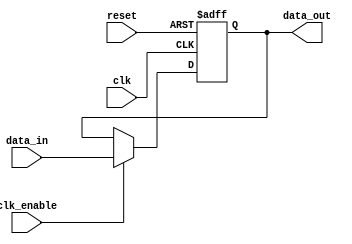
module parameterized_register #(
    parameter WIDTH = 8,           // Register bit-width
    parameter INIT_VALUE = 0       // Initial value on reset
) (
    input wire clk,                // Clock input
    input wire reset,              // Asynchronous reset
    input wire clk_enable,         // Clock enable (optional)
    input wire [WIDTH-1:0] data_in,// Input data
    output reg [WIDTH-1:0] data_out // Output data
);

    // Behavioral description of the register
    always @(posedge clk or posedge reset) begin
        if (reset) begin
            data_out <= INIT_VALUE; // Clear register to initial value
        end
        else if (clk_enable) begin
            data_out <= data_in;    // Capture input data on clock edge
        end
    end

endmodule